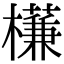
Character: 𣝈